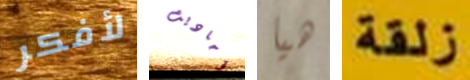
لأفكر أحاديث هيا زلقة